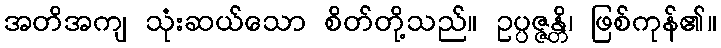
အတိအကျ သုံးဆယ်သော စိတ်တို့သည်။ ဥပ္ပဇ္ဇန္တိ၊ ဖြစ်ကုန်၏။